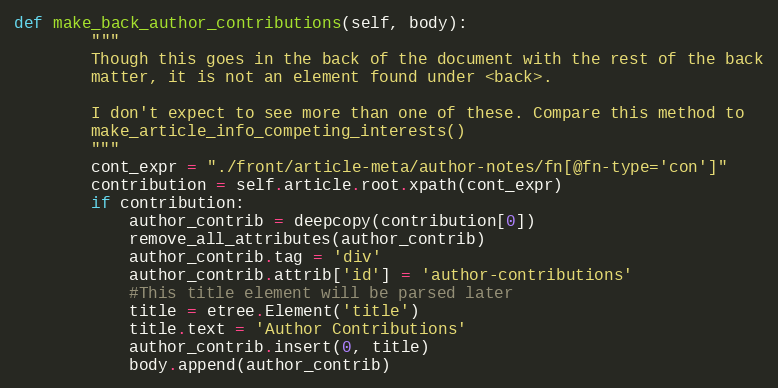
Language: Python
def make_back_author_contributions(self, body):
        """
        Though this goes in the back of the document with the rest of the back
        matter, it is not an element found under <back>.

        I don't expect to see more than one of these. Compare this method to
        make_article_info_competing_interests()
        """
        cont_expr = "./front/article-meta/author-notes/fn[@fn-type='con']"
        contribution = self.article.root.xpath(cont_expr)
        if contribution:
            author_contrib = deepcopy(contribution[0])
            remove_all_attributes(author_contrib)
            author_contrib.tag = 'div'
            author_contrib.attrib['id'] = 'author-contributions'
            #This title element will be parsed later
            title = etree.Element('title')
            title.text = 'Author Contributions'
            author_contrib.insert(0, title)
            body.append(author_contrib)